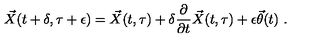
{ \vec { X } } ( t + \delta , \tau + \epsilon ) = { \vec { X } } ( t , \tau ) + \delta \frac { \partial } { \partial t } { \vec { X } } ( t , \tau ) + \epsilon { \vec { \theta } } ( t ) \ .